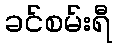
ခင်စမ်းရီ